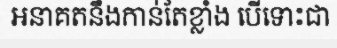
អនាគតនឹងកាន់តែខ្លាំង បើទោះជា